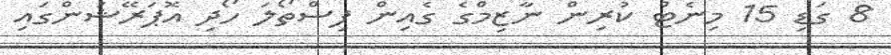
8 ގަޑި 15 މިނެޓް ކުރިން ނާޒިމްގެ ގެއިން ފިސްތޯލަ ހޯދި އޮޕަރޭޝަންގައި